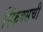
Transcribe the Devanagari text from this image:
स्फिंक्सची